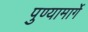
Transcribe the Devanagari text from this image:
पुण्यामार्गे